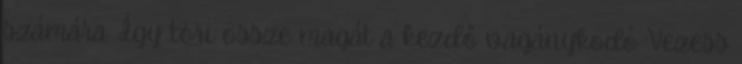
számára. Így töri össze magát a kezdő vagánykodó Vezess